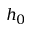
h _ { 0 }